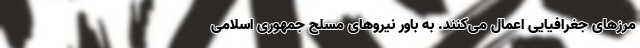
مرزهای جغرافیایی اعمال می‌کنند. به باور نیروهای مسلح جمهوری اسلامی